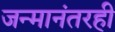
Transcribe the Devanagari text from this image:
जन्मानंतरही